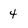
Character: 4